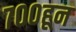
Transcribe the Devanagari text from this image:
७००हून